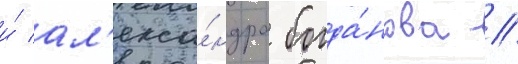
и́ ал'екса́ндра богда́нова //